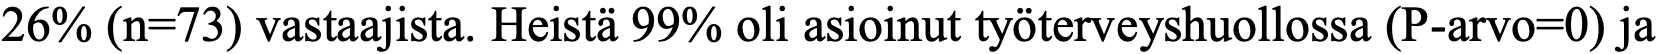
26% (n=73) vastaajista. Heistä 99% oli asioinut työterveyshuollossa (P-arvo=0) ja